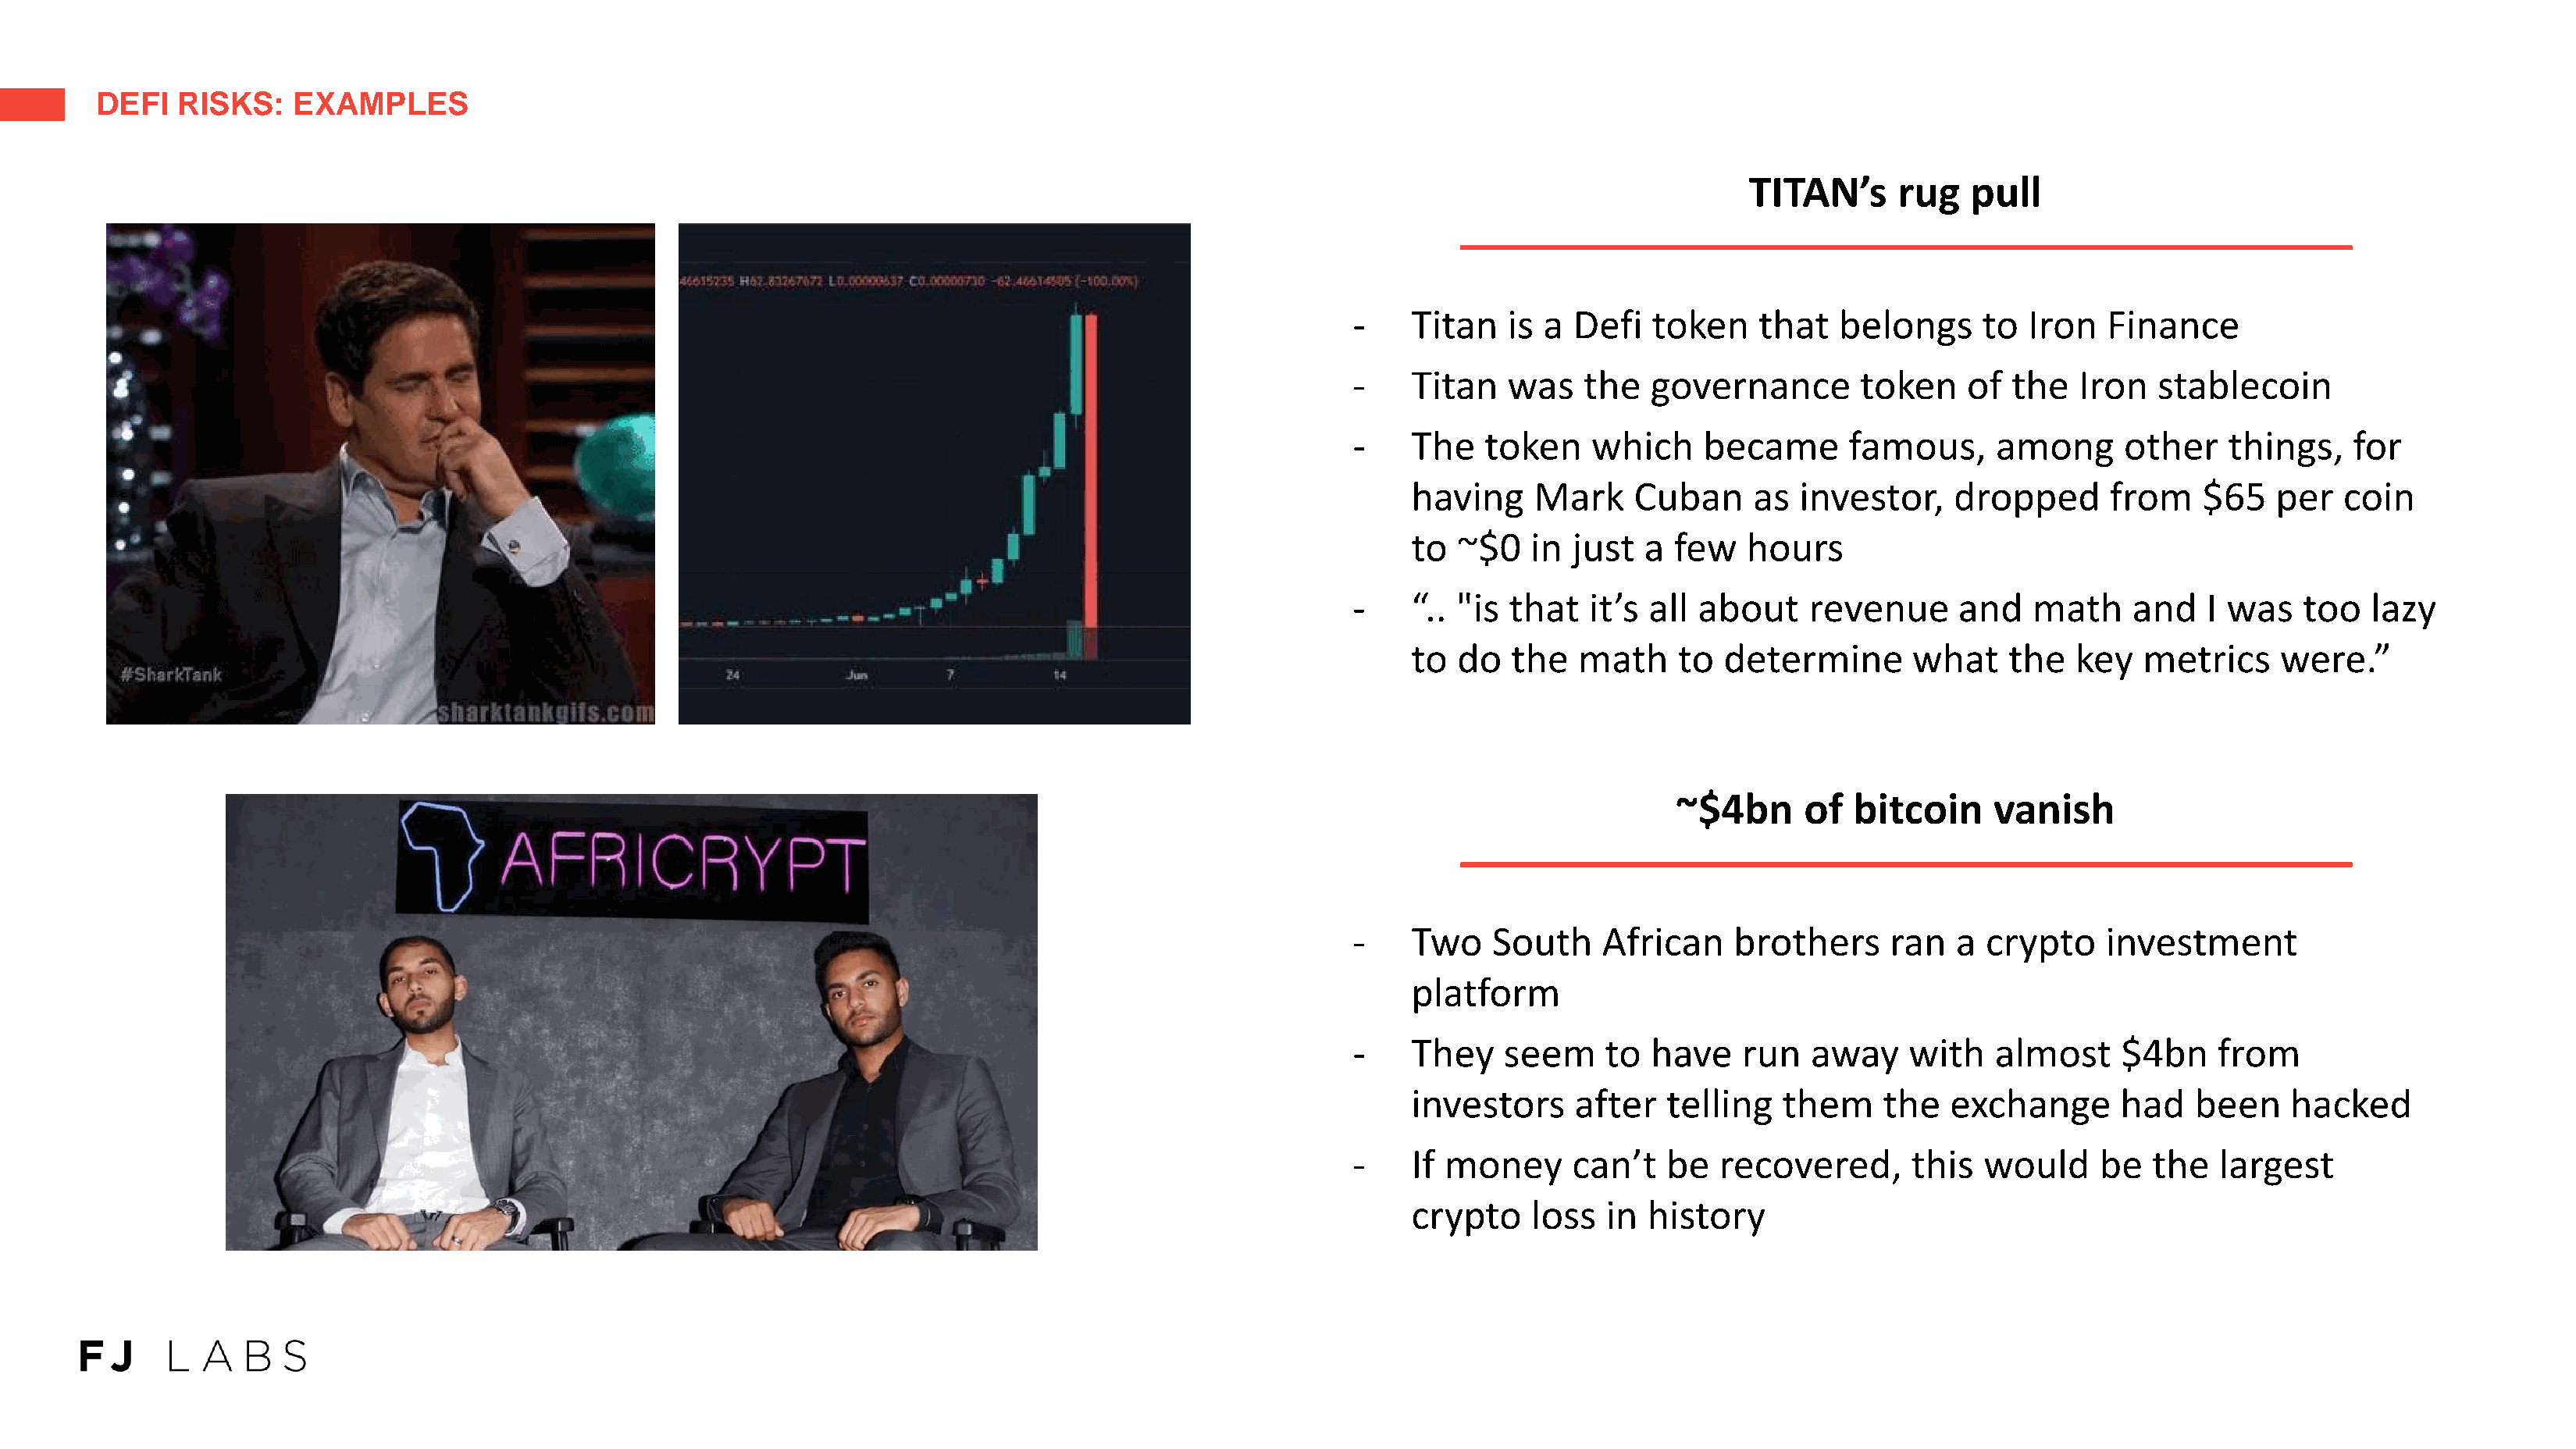
DEFI   RISKS:    EXAMPLES
 TITAN’s      rug   pull
 -    Titan   is a Defi   token    that   belongs     to  Iron   Finance
 -    Titan   was   the   governance        token    of  the  Iron   stablecoin
 -    The   token    which    became       famous,     among      other    things,   for
 having    Mark    Cuban      as  investor,    dropped      from    $65   per   coin
 to  ~$0   in just  a  few   hours
 -    “.. "is that   it’s all about    revenue      and   math     and   I was   too   lazy
 to  do  the   math    to  determine       what    the   key   metrics    were.”
 ~$4bn      of  bitcoin     vanish
 -    Two   South     African    brothers     ran   a crypto    investment
 platform
 -    They   seem     to  have    run  away     with   almost     $4bn    from
 investors    after   telling   them     the  exchange       had   been    hacked
 -    If money     can’t   be   recovered,      this  would     be  the   largest
 crypto    loss  in  history